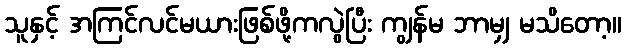
သူနှင့် အကြင်လင်မယားဖြစ်ဖို့ကလွဲပြီး ကျွန်မ ဘာမျှ မသိတော့။